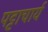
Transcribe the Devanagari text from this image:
पट्टाचार्य